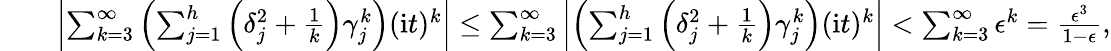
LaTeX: \begin{array}{rlr}&{}&{\left|\sum_{k=3}^{\infty}\left(\sum_{j=1}^{h}\left(\delta_{j}^{2}+\frac{1}{k}\right)\gamma_{j}^{k}\right)(\mathrm{i}t)^{k}\right|\leq\sum_{k=3}^{\infty}\left|\left(\sum_{j=1}^{h}\left(\delta_{j}^{2}+\frac{1}{k}\right)\gamma_{j}^{k}\right)(\mathrm{i}t)^{k}\right|<\sum_{k=3}^{\infty}\epsilon^{k}=\frac{\epsilon^{3}}{1-\epsilon},}\end{array}